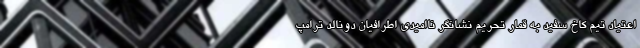
اعتیاد تیم کاخ سفید به قمار تحریم نشانگر ناامیدی اطرافیان دونالد ترامپ